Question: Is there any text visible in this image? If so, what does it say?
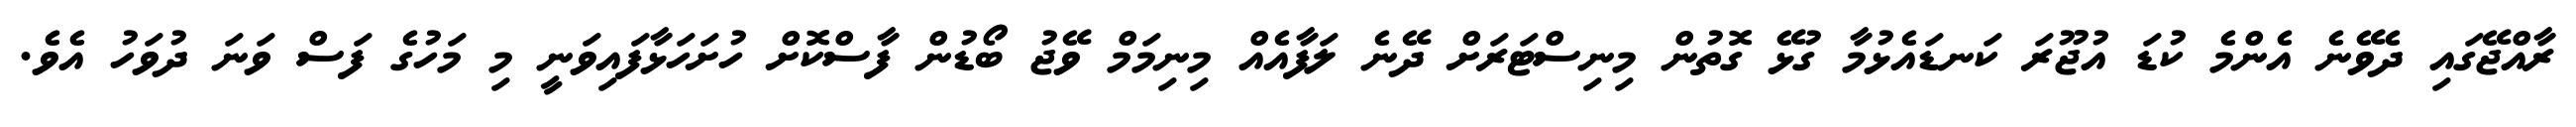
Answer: ރާއްޖޭގައި ދެވޭނެ އެންމެ ކުޑަ އުޖޫރަ ކަނޑައެޅުމާ ގުޅޭ ގޮތުން މިނިސްޓަރަށް ދޭނެ ލަފާއެއް މިނިމަމް ވޭޖު ބޯޑުން ފާސްކޮށް ހުށަހަޅާފައިވަނީ މި މަހުގެ ފަސް ވަނަ ދުވަހު އެވެ.